画像に写った文字を読んでください
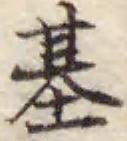
「基」と書いてあります